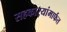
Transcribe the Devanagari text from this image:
सहकार्‍यांमार्फत